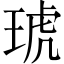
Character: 琥